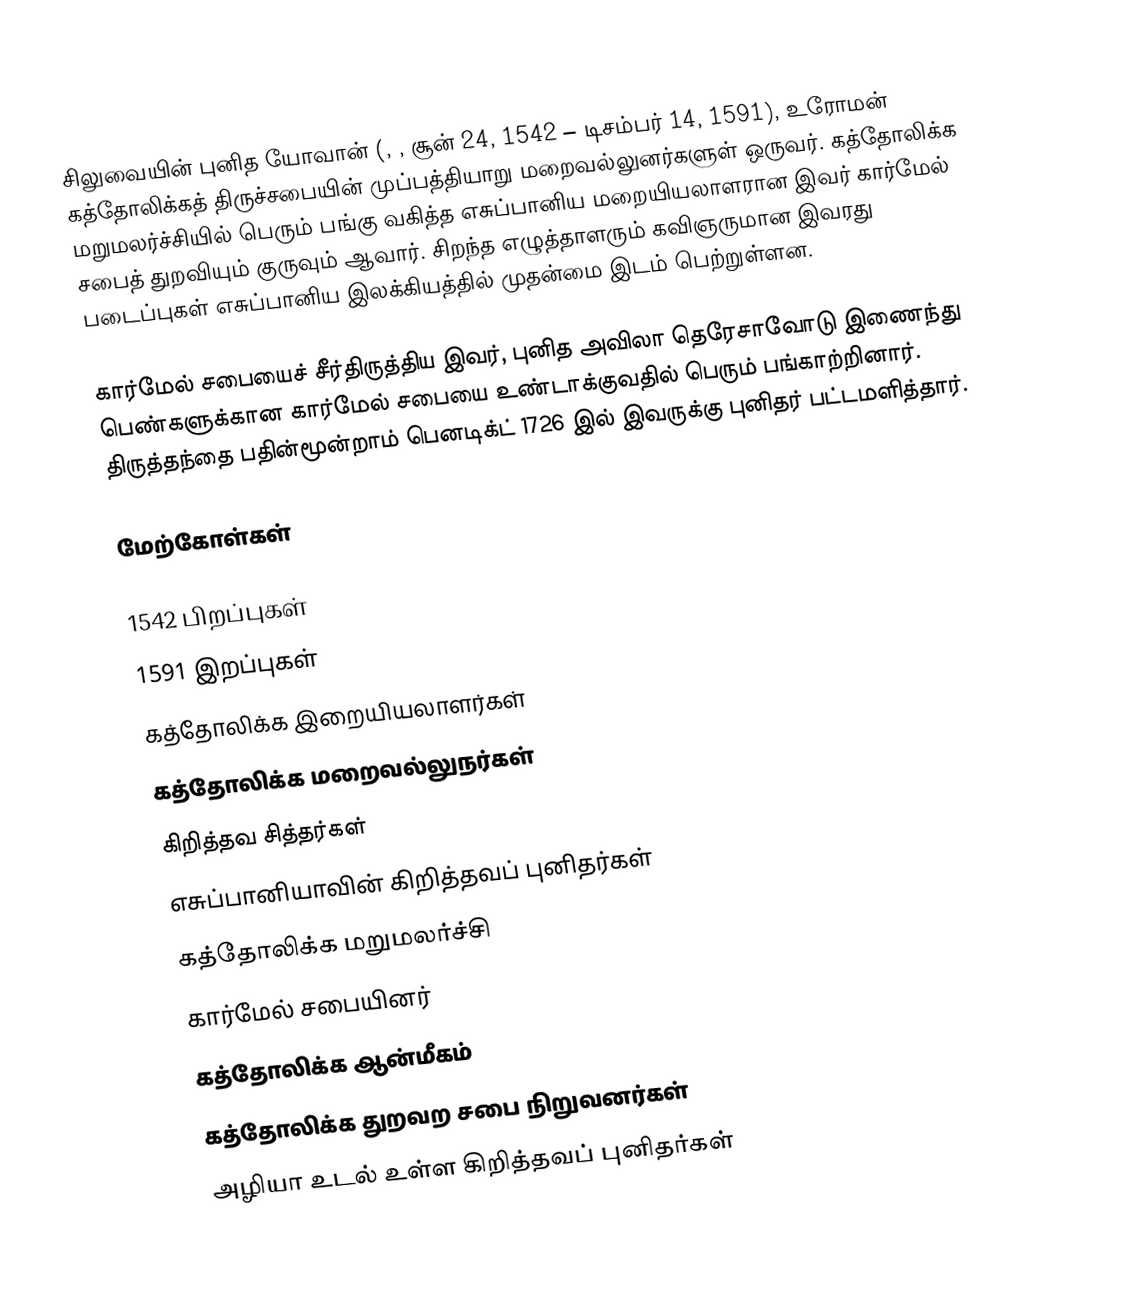
சிலுவையின் புனித யோவான் (, , சூன் 24, 1542 – டிசம்பர் 14, 1591), உரோமன் கத்தோலிக்கத் திருச்சபையின் முப்பத்தியாறு மறைவல்லுனர்களுள் ஒருவர். கத்தோலிக்க மறுமலர்ச்சியில் பெரும் பங்கு வகித்த எசுப்பானிய மறையியலாளரான இவர் கார்மேல் சபைத் துறவியும் குருவும் ஆவார். சிறந்த எழுத்தாளரும் கவிஞருமான இவரது படைப்புகள் எசுப்பானிய இலக்கியத்தில் முதன்மை இடம் பெற்றுள்ளன.

கார்மேல் சபையைச் சீர்திருத்திய இவர், புனித அவிலா தெரேசாவோடு இணைந்து பெண்களுக்கான கார்மேல் சபையை உண்டாக்குவதில் பெரும் பங்காற்றினார். திருத்தந்தை பதின்மூன்றாம் பெனடிக்ட் 1726 இல் இவருக்கு புனிதர் பட்டமளித்தார்.

மேற்கோள்கள்

1542 பிறப்புகள்
1591 இறப்புகள்
கத்தோலிக்க இறையியலாளர்கள்
கத்தோலிக்க மறைவல்லுநர்கள்
கிறித்தவ சித்தர்கள்
எசுப்பானியாவின் கிறித்தவப் புனிதர்கள்
கத்தோலிக்க மறுமலர்ச்சி
கார்மேல் சபையினர்
கத்தோலிக்க ஆன்மீகம்
கத்தோலிக்க துறவற சபை நிறுவனர்கள்
அழியா உடல் உள்ள கிறித்தவப் புனிதர்கள்